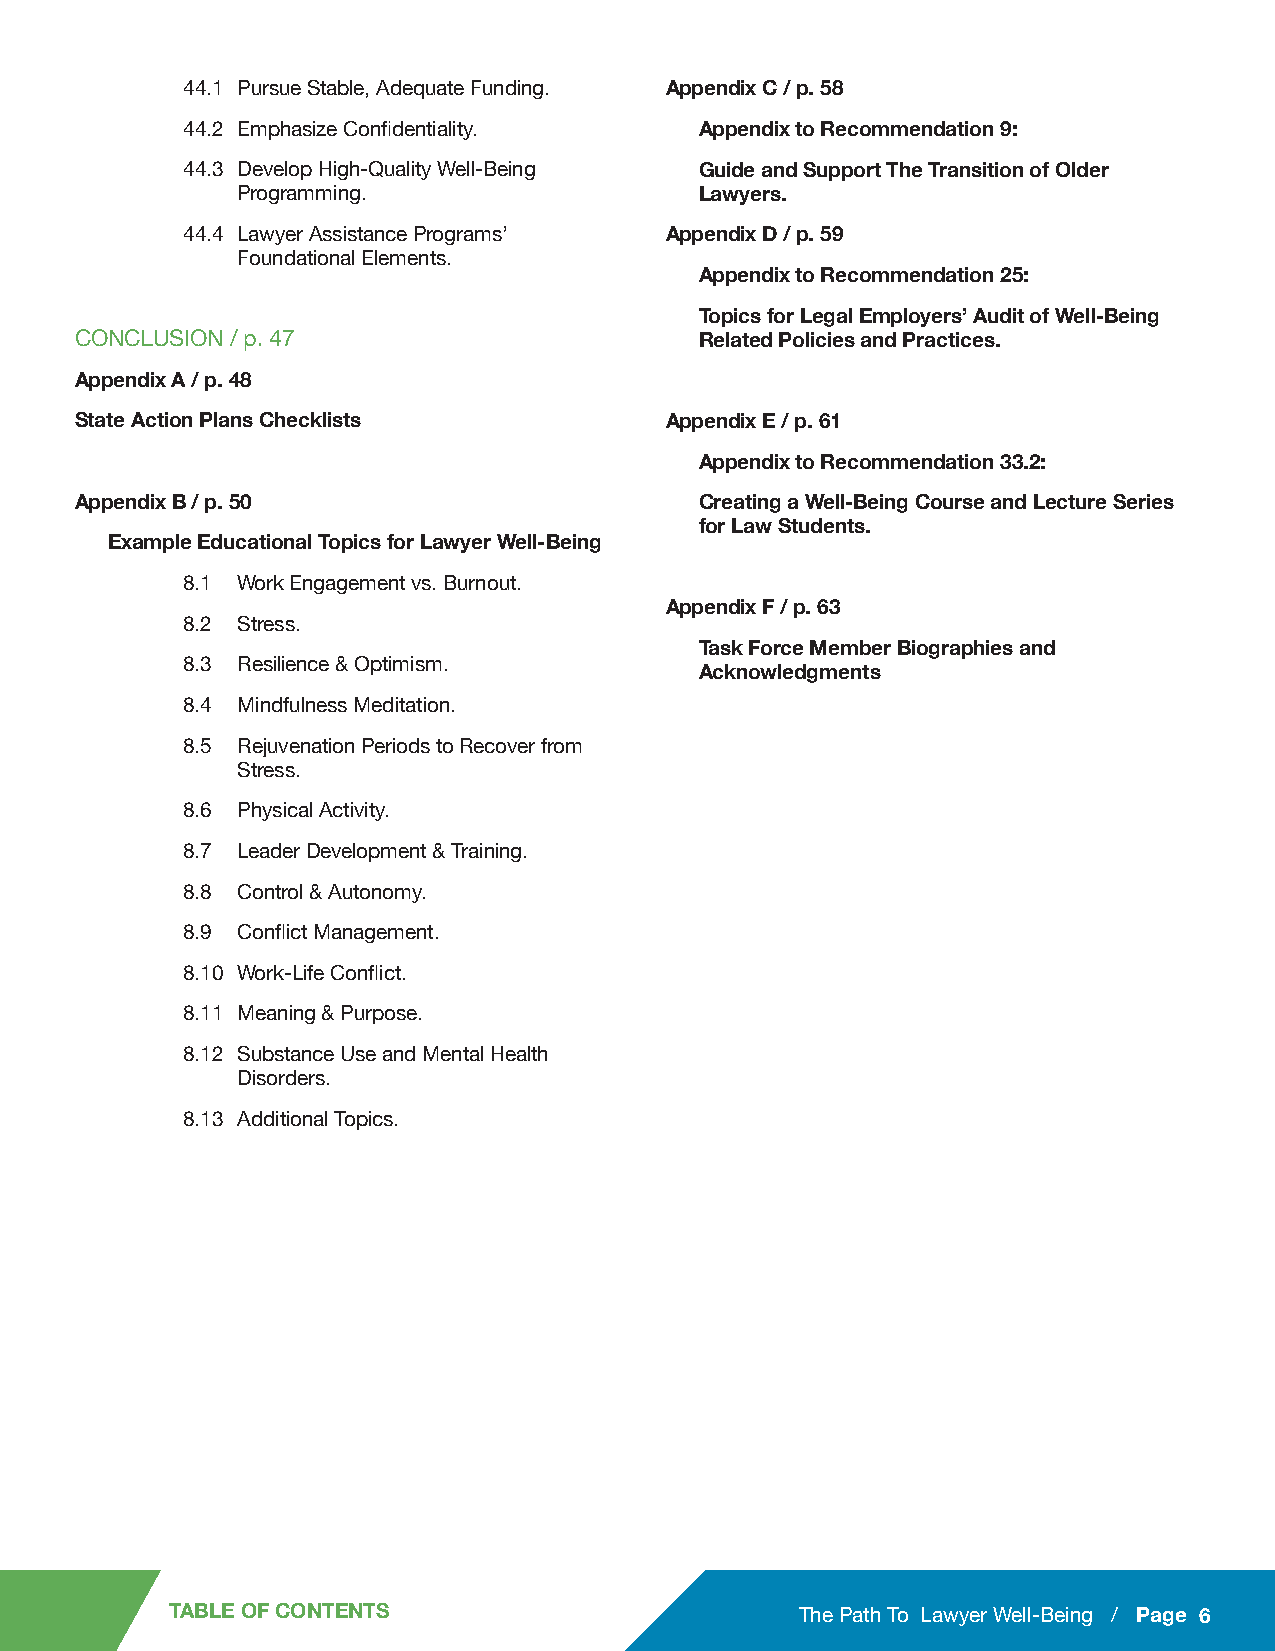
44.1 Pursue Stable, Adequate Funding. Appendix C / p. 58
 44.2 Emphasize Confidentiality.   Appendix to Recommendation 9:
 44.3 Develop High-Quality Well-Being Guide and Support The Transition of Older
 Programming.                  Lawyers.
 44.4 Lawyer Assistance Programs’ Appendix D / p. 59
 Foundational Elements.
 Appendix to Recommendation 25:
 Topics for Legal Employers’ Audit of Well-Being
 CONCLUSION / p. 47                       Related Policies and Practices.
 Appendix A / p. 48
 State Action Plans Checklists          Appendix E / p. 61
 Appendix to Recommendation 33.2:
 Appendix B / p. 50                       Creating a Well-Being Course and Lecture Series
 for Law Students.
 Example Educational Topics for Lawyer Well-Being
 8.1 Work Engagement vs. Burnout.
 Appendix F / p. 63
 8.2 Stress.
 Task Force Member Biographies and
 8.3 Resilience & Optimism.
 Acknowledgments
 8.4 Mindfulness Meditation.
 8.5 Rejuvenation Periods to Recover from
 Stress.
 8.6 Physical Activity.
 8.7 Leader Development & Training.
 8.8 Control & Autonomy.
 8.9 Conflict Management.
 8.10 Work-Life Conflict.
 8.11 Meaning & Purpose.
 8.12 Substance Use and Mental Health
 Disorders.
 8.13 Additional Topics.
 TABLE OF CONTENTS                         The Path To Lawyer Well-Being / Page 6